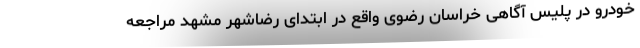
خودرو در پلیس آگاهی خراسان رضوی واقع در ابتدای رضاشهر مشهد مراجعه